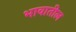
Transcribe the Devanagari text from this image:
भावातील